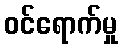
ဝင်ရောက်မှု